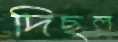
দিছল